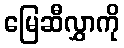
မြေဆီလွှာကို